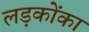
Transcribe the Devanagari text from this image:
लड़कोंका